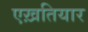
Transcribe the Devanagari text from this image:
एख़तियार